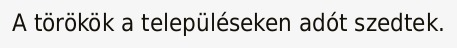
A törökök a településeken adót szedtek.